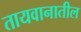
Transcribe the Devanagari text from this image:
तायवानातील